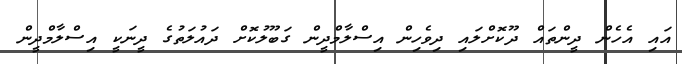
އައި އެހެން ދީންތައް ދޫކޮށްލައި ދިވެހިން އިސްލާމްދީން ގަބޫލުކޮށް ދައުލަތުގެ ދީނަކީ އިސްލާމްދީން